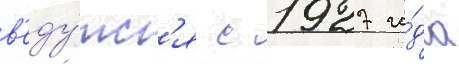
в'еду́тс'я с 1927 го́да